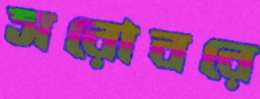
সরোবরে